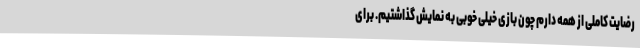
رضایت کاملی از همه دارم چون بازی خیلی خوبی به نمایش گذاشتیم. برای